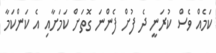
ކަމެއް ވެސް ކުރަނީ ދެ ފުށް ފެންނަ ގޮތަށް ކަމަށާއި އެ ކަންކަމާ